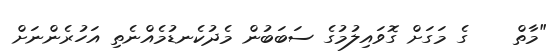
"މާތް    ގެ މަގަށް ގޮވައިލުމުގެ ސަބަބުން މެދުކެނޑުމެއްނެތި އަހުރެންނަށް